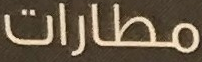
مطارات